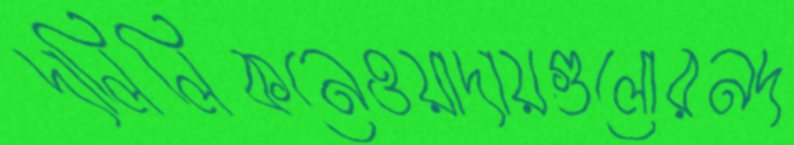
দালিলিকনেওয়াদায়গুলোরনদ